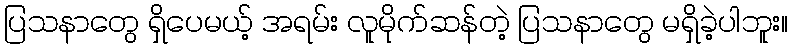
ပြသနာတွေ ရှိပေမယ့် အရမ်း လူမိုက်ဆန်တဲ့ ပြသနာတွေ မရှိခဲ့ပါဘူး။